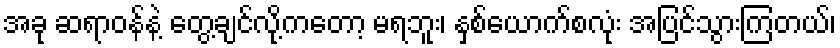
အခု ဆရာဝန်နဲ့ တွေ့ချင်လို့ကတော့ မရဘူး၊ နှစ်ယောက်စလုံး အပြင်သွားကြတယ်၊